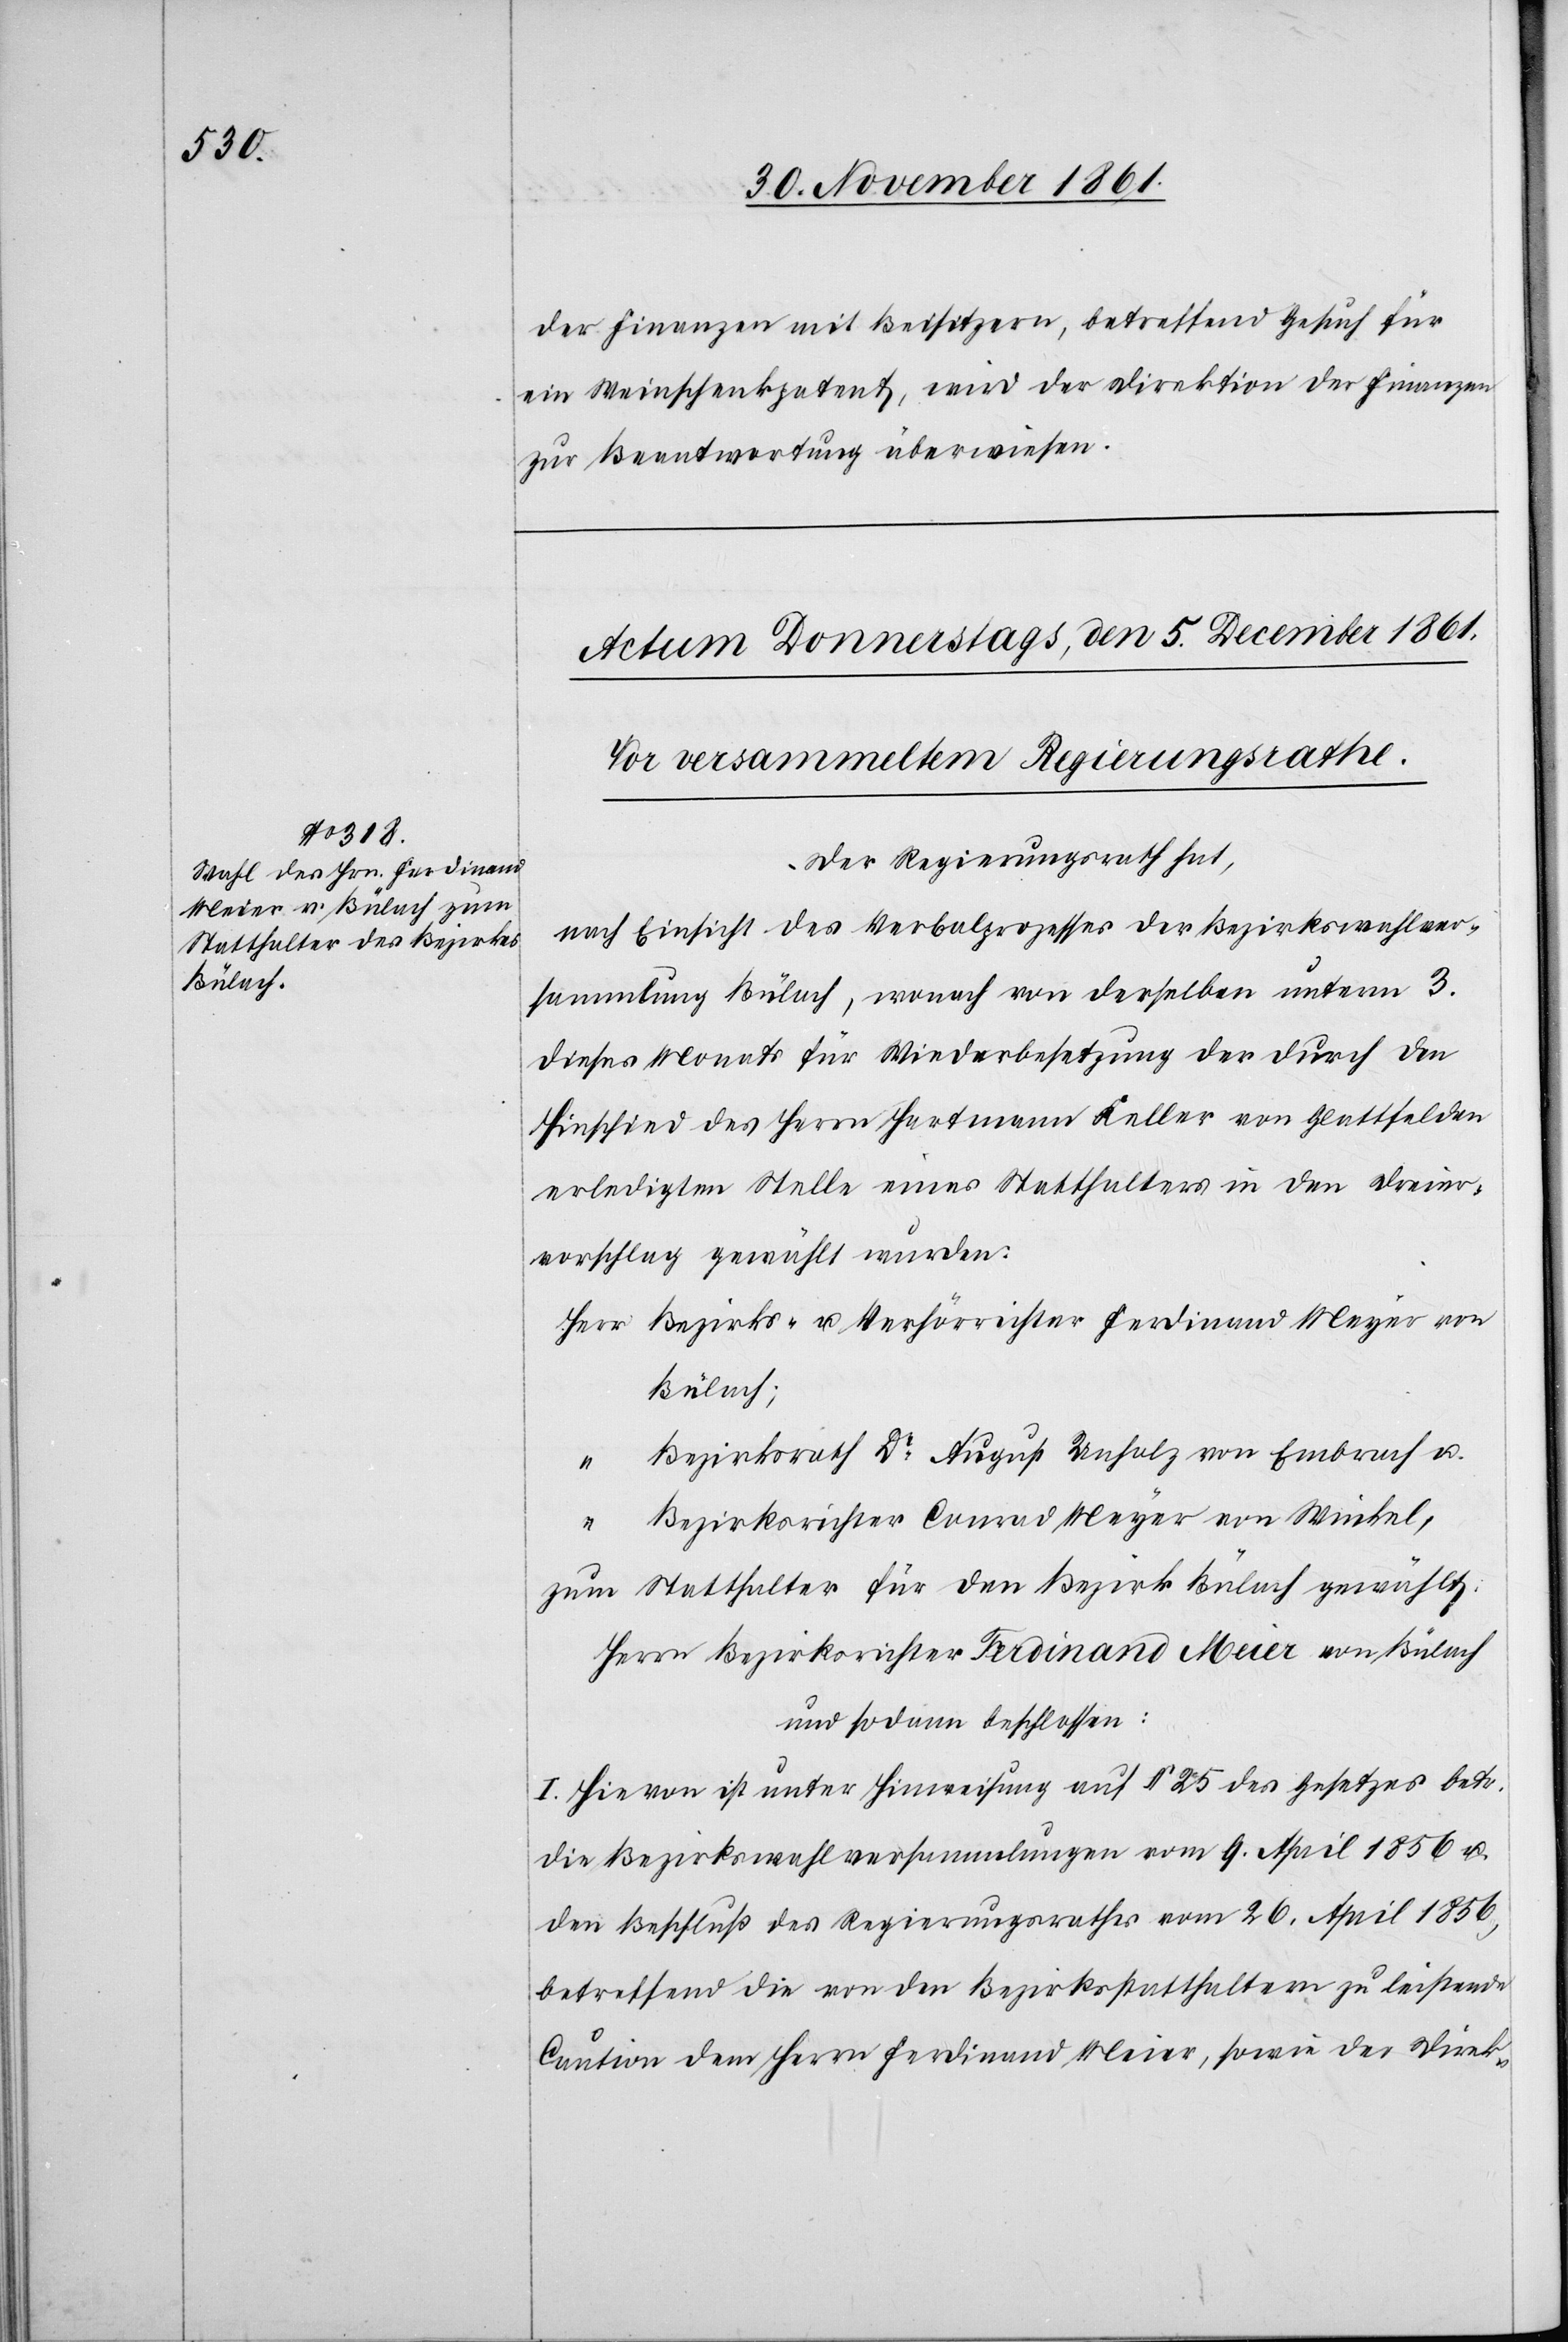
der Finanzen mit Beisitzern, betreffend Gesuch für
ein Weinschenkpatent, wird der Direktion der Finanzen
zur Beantwortung überwiesen.
Der Regierungsrath hat,
nach Einsicht des Verbalprozesses der Bezirkswahlver¬
sammlung Bülach, wonach von derselben unterm 3
dieses Monats für Wiederbesetzung der durch den
Hinschied des Herrn Hartmann Keller von Glattfelden
erledigten Stelle eines Statthalters in den Dreier¬
vorschlag gewählt wurden:
Herr Bezirks- u. Verhörrichter Ferdinand Meyer
Bülach;
Bezirksrath Dr August Unholz von Embrach u.
“	 Bezirksrichter Conrad Meyer von Winkel,
zum Statthalter für den Bezirk Bülach gewählt:
Herrn Bezirksrichter Ferdinand Meier von Bülach
und sodann beschlossen:
I. Hievon ist unter Hinweisung auf § 25 des Gesetzes betr.
die Bezirkswahlversammlungen vom 9 April 1856 u.
den Beschluß des Regierungsrathes vom 26 April 1856,
betreffend die von den Bezirksstatthaltern zu leistende
Caution dem Herrn Ferdinand Meier, sowie der Direk-